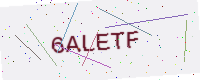
Text: 6ALETF